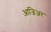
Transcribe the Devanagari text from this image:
आंजिअर